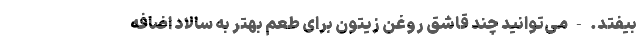
بیفتد. - می‌توانید چند قاشق روغن زیتون برای طعم بهتر به سالاد اضافه